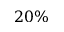
2 0 \%